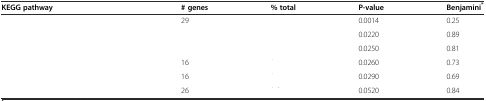
<table><thead><tr><td><b>KEGG pathway</b></td><td><b># genes</b></td><td><b>% total</b></td><td><b>P-value</b></td><td><b>Benjamini<sup>*</sup></b></td></tr></thead><tbody><tr><td>[EMPTY_CELL]</td><td>29</td><td>[EMPTY_CELL]</td><td>0.0014</td><td>0.25</td></tr><tr><td>[EMPTY_CELL]</td><td>[EMPTY_CELL]</td><td>[EMPTY_CELL]</td><td>0.0220</td><td>0.89</td></tr><tr><td>[EMPTY_CELL]</td><td>[EMPTY_CELL]</td><td>[EMPTY_CELL]</td><td>0.0250</td><td>0.81</td></tr><tr><td>[EMPTY_CELL]</td><td>16</td><td>[EMPTY_CELL]</td><td>0.0260</td><td>0.73</td></tr><tr><td>[EMPTY_CELL]</td><td>16</td><td>[EMPTY_CELL]</td><td>0.0290</td><td>0.69</td></tr><tr><td>[EMPTY_CELL]</td><td>26</td><td>[EMPTY_CELL]</td><td>0.0520</td><td>0.84</td></tr></tbody></table>